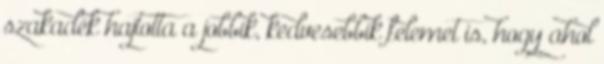
szakadék hajtotta a jobbik, kedvesebbik felemet is, hogy ahol